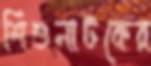
শিশুনাটকের